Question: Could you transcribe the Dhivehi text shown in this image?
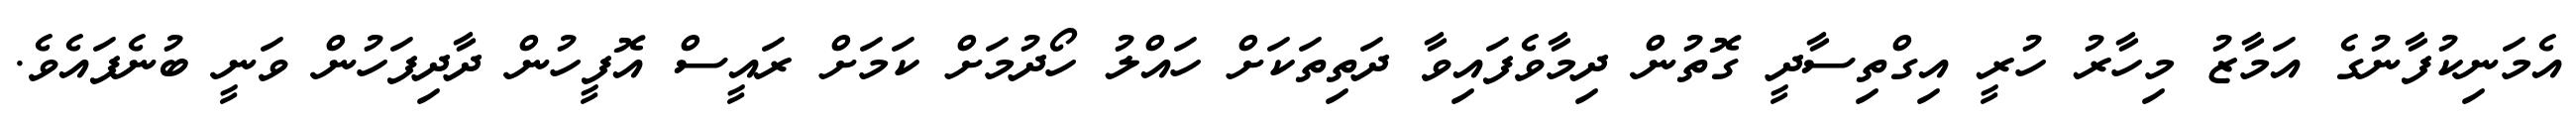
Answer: އެމަނިކުފާނުގެ އަމާޒު މިހާރު ހުރީ އިގްތިސާދީ ގޮތުން ދިމާވެފައިވާ ދަތިތަކަށް ހައްލު ހޯދުމަށް ކަމަށް ރައީސް އޮފީހުން ދާދިފަހުން ވަނީ ބުނެފައެވެ.